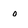
Character: 0